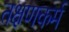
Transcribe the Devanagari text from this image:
तक्षणकर्म